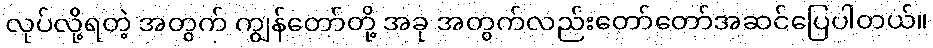
လုပ်လို့ရတဲ့ အတွက် ကျွန်တော်တို့ အခု အတွက်လည်းတော်တော်အဆင်ပြေပါတယ်။